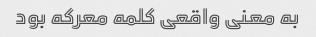
به معنی واقعی کلمه معرکه بود